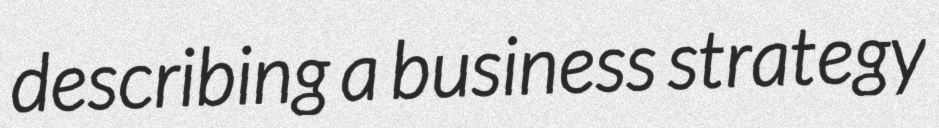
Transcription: describing a business strategy